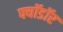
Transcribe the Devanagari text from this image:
फ्यॉडॉर